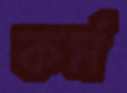
কর্ম